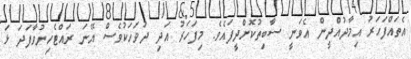
އެތައްފަހަރު އިމާދުއްދީން އެވަނީ ސާބިތުކޮށްދީފައެވެ. މިފަހަރު އަދި ދުވަހަކުވެސް އޭނަ ރައްޓެހިނުވާފަދަ ޅަ